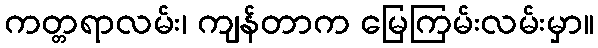
ကတ္တရာလမ်း၊ ကျန်တာက မြေကြမ်းလမ်းမှာ။